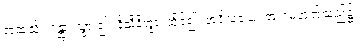
အထံသို့။ ဂန္တွာ၊ သွား၍။ နိသီဒိတွာ၊ ထိုင်၍။ အဝိသယေ၊ အရာမဟုတ်သည်၌။